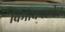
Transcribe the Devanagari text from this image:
विमोचनशील